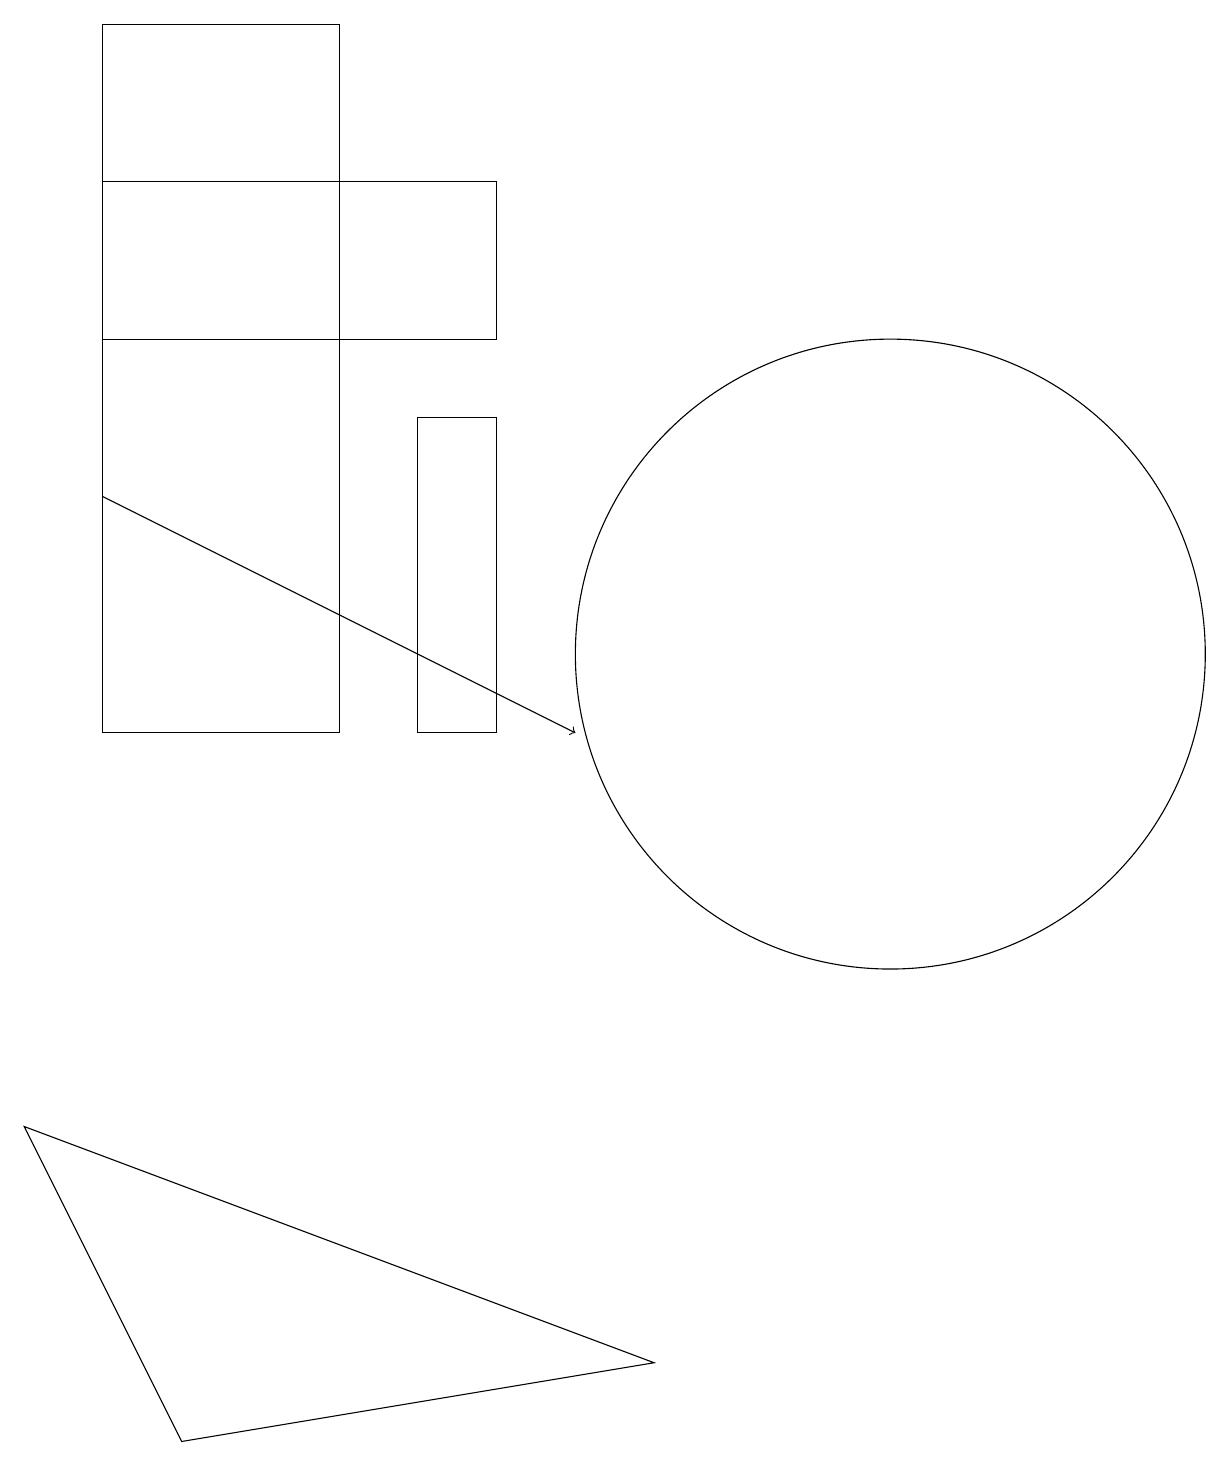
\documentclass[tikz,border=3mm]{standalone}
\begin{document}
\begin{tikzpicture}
\draw (9,2) -- (1,5) -- (3,1) -- cycle;
\draw[->] (2,13) -- (8,10);
\draw (7,15) rectangle (2,17);
\draw (7,10) rectangle (6,14);
\draw (2,10) rectangle (5,19);
\draw (12,11) circle (4);
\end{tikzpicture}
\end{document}